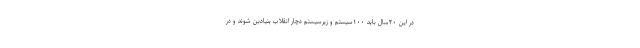
در این ۲۰سال باید ۱۰۰سیستم و زیرسیستم دچار انقلاب بنیادین شوند و در